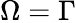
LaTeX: \Omega=\Gamma